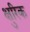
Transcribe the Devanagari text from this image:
क्षुरिक